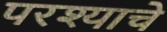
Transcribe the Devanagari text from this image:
परश्याचे